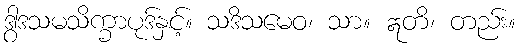
ဒွါဒသမသိက္ခာပုဒ်နှင့်။ သဒိသမေဝ၊ သာ။ ဣတိ၊ တည်း။